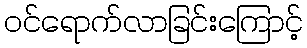
ဝင်ရောက်လာခြင်းကြောင့်